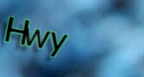
Hwy